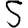
Digit: 5